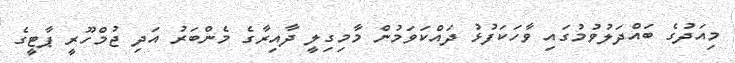
މިއަދުގެ ބައްދަލުވުމުގައި ވާހަކަފުޅު ދައްކަވަމުން މާމިގިލީ ދާއިރާގެ މެންބަރު އަދި ޖުމްހޫރީ ޕާޓީގެ